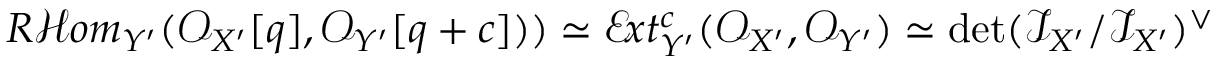
R \mathcal { H } o m _ { Y ^ { \prime } } ( \mathscr { O } _ { X ^ { \prime } } [ q ] , \mathscr { O } _ { Y ^ { \prime } } [ q + c ] ) ) \simeq \mathcal E \! x t _ { Y ^ { \prime } } ^ { c } ( \mathscr { O } _ { X ^ { \prime } } , \mathscr { O } _ { Y ^ { \prime } } ) \simeq \operatorname* { d e t } ( \mathscr { I } _ { X ^ { \prime } } / \mathscr { I } _ { X ^ { \prime } } ) ^ { \vee }